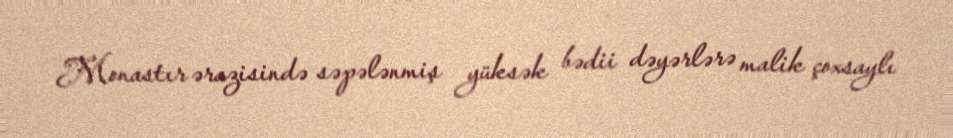
Monastır ərazisində səpələnmiş yüksək bədii dəyərlərə malik çoxsaylı